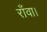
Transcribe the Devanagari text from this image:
राँवा।